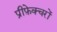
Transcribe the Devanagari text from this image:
प्रीफ़ेक्चरों